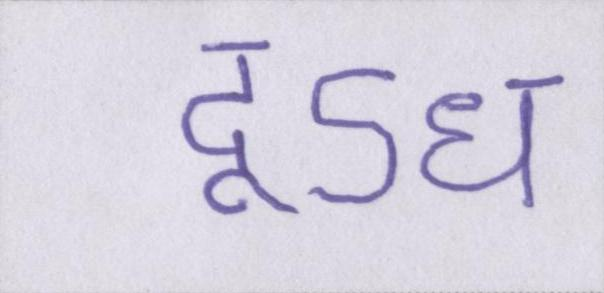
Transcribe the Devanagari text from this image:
दूऽध